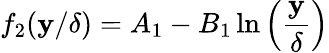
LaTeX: f_{2}(\mathbf{y}/\delta)=A_{1}-B_{1}\ln\left(\frac{{\mathbf{y}}}{{\delta}}\right)